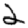
Digit: 2